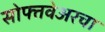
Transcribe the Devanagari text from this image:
सोफ्तवेअरचा